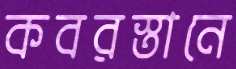
কবরস্তানে